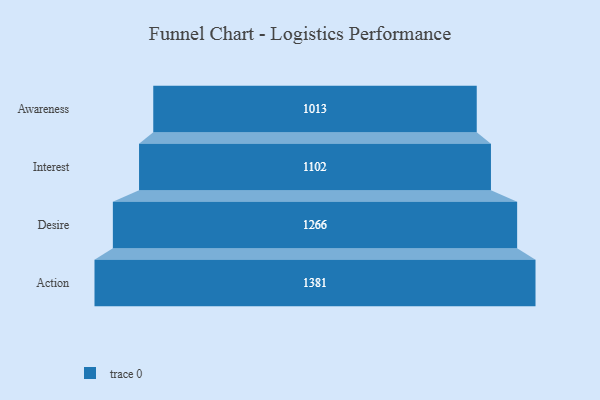
{"axis": {"x": "Stage", "y": "Value"}, "legend": [""], "data": [{"x": "Awareness", "y": 1013.0, "type": ""}, {"x": "Interest", "y": 1102.0, "type": ""}, {"x": "Desire", "y": 1266.0, "type": ""}, {"x": "Action", "y": 1381.0, "type": ""}]}